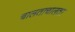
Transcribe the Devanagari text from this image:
चालताचालता